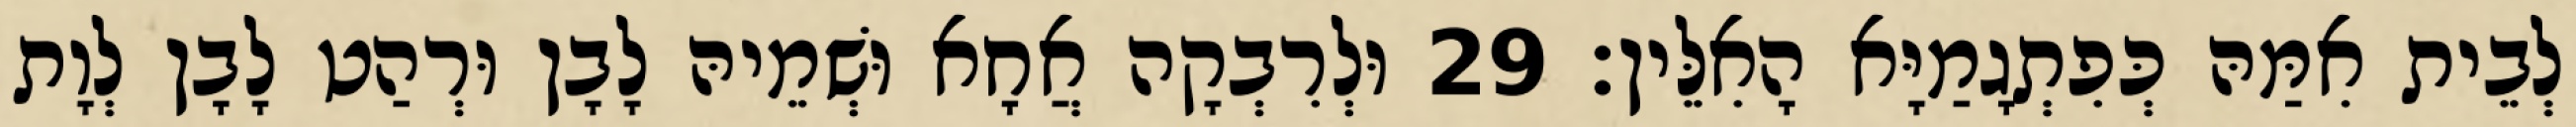
לְבֵית אִמַּהּ כְּפִתְגָמַיָּא הָאִלֵּין׃ 29 וּלְרִבְקָה אֲחָא וּשְׁמֵיהּ לָבָן וּרְהַט לָבָן לְוָת